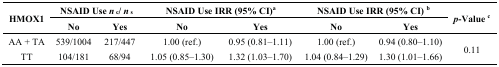
| <ROWSPAN=2> HMOX1 | <COLSPAN=2> NSAID Use nc/ ns | <COLSPAN=2> NSAID Use IRR (95% CI)a | <COLSPAN=2> NSAID Use IRR (95% CI) b | <ROWSPAN=2> p-Value c |
 | No | Yes | No | Yes | No | Yes |
 | --- | --- | --- | --- | --- | --- | --- | --- |
 | AA + TA | 539/1004 | 217/447 | 1.00 (ref.) | 0.95 (0.81–1.11) | 1.00 (ref.) | 0.94 (0.80–1.10) | <ROWSPAN=2> 0.11 |
 | TT | 104/181 | 68/94 | 1.05 (0.85–1.30) | 1.32 (1.03–1.70) | 1.04 (0.84–1.29) | 1.30 (1.01–1.66) |